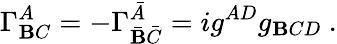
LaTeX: \Gamma_{\mathbf{B}C}^{A}=-\Gamma_{\bar{{\mathbf{B}}}\bar{{C}}}^{\bar{{A}}}=ig^{AD}g_{\mathbf{B}CD}\ .